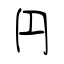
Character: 円